Punjab Mental Hospital Lahore 1932-46 - 1932-1946
Year: 1932
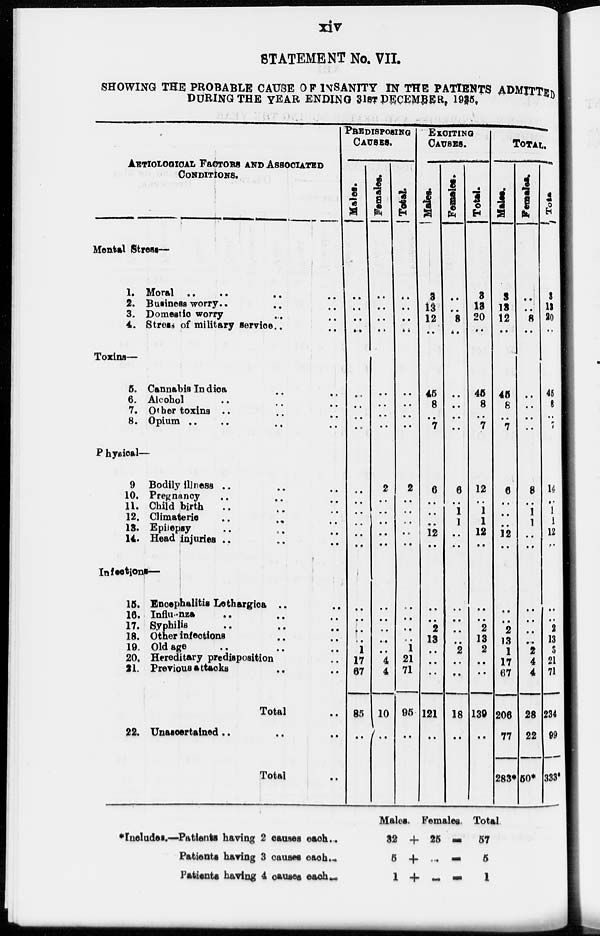
xiv
STATEMENT No. VII.
SHOWING THE PROBABLE CAUSE OF INSANITY IN THE PATIENTS ADMITTED
DURING THE YEAR ENDING 31ST DECEMBER 1935.
AETIOLOGICAL FACTORS AND ASSOCIATED
CONDITIONS.
Mental Stress—
1. Moral .. .. .. ..
2. Business worry .. .. .. ..
3. Domestic worry .. .. .. ..
4. Stress of military service .. .. .. ..
Toxins—
5. Cannabis Indica .. .. .. ..
6. Alcohol .. .. .. ..
7. Other toxins .. .. .. ..
8. Opium .. .. .. ..
Physical—
9 Bodily illness .. .. .. ..
10. Pregnancy .. .. .. ..
11. Child birth .. .. .. ..
12. Climacteric .. .. .. ..
13. Epilepsy .. .. .. ..
14. Head injuries .. .. .. ..
Infections—
15. Encephalitis Lethargica .. .. .. ..
16. Influenza .. .. .. ..
17. Syphilis .. .. .. ..
18. Other infections .. .. .. ..
19. Old age .. .. .. ..
20. Hereditary predisposition .. .. .. ..
21. Previous attacks .. .. .. ..
Total ..
22. Unascertained .. .. .. ..
Total ..
PREDISPOSING
CAUSES.
Males.
..
..
..
..
..
..
..
..
..
..
..
..
..
..
..
..
..
..
1
17
67
85
..
Females.
..
..
..
..
..
..
..
..
2
..
..
..
..
..
..
..
..
..
..
4
4
10
..
Total.
..
..
..
..
..
..
..
..
2
..
..
..
..
..
..
..
..
..
1
21
71
95
..
EXCITING
CAUSES.
Males.
3
13
12
12
45
8
..
7
6
..
..
..
12
..
..
..
2
13
..
..
..
121
..
Females.
..
..
..
..
..
..
..
..
6
..
1
1
..
..
..
..
..
..
2
..
..
18
..
Total.
3
13
20
..
45
8
..
7
12
..
1
1
12
..
..
..
2
13
2
..
..
139
..
TOTAL.
Males.
3
13
12 ..
45
8
..
7
6
..
..
..
12
..
..
..
2
13
1
17
67
206
77
283*
Females.
..
..
8
..
..
..
..
..
8
..
1
1
..
..
..
..
..
..
2
4
4
28
22
50*
Total.
3
13
20
..
45
8
..
7
14
..
1
1
12
..
..
..
2
13
3
21
71
234
99
333*
*Includes.—Patients
having 2 causes each ..
Patients having 3 causes each ..
Patients having 4 causes each ..
Males.
32 +
5 +
1 +
Females
25 =
.. =
.. =
Total
57
6
1